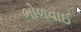
ભોળવાઈ